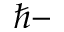
\hbar -